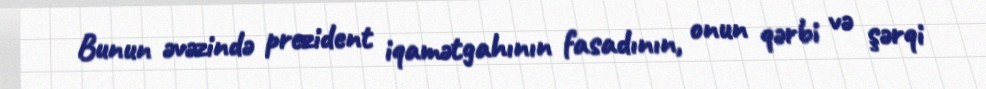
Bunun əvəzində prezident iqamətgahının fasadının, onun qərbi və şərqi